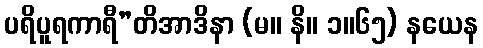
ပရိပူရကာရီ”တိအာဒိနာ (မ။ နိ။ ၁။၆၅) နယေန